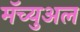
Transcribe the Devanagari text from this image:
मॅच्युअल